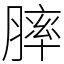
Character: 膟